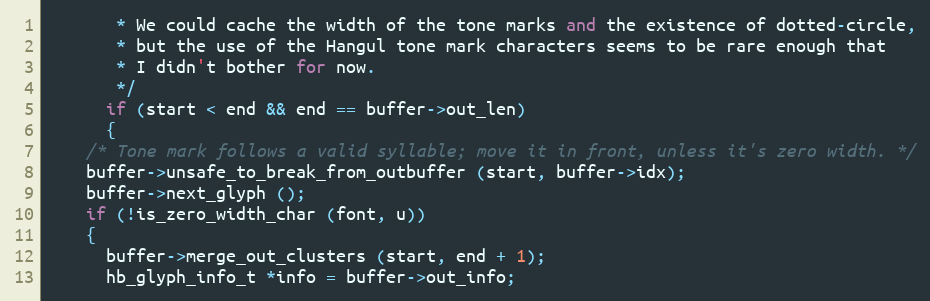
Language: C++
       * We could cache the width of the tone marks and the existence of dotted-circle,
       * but the use of the Hangul tone mark characters seems to be rare enough that
       * I didn't bother for now.
       */
      if (start < end && end == buffer->out_len)
      {
	/* Tone mark follows a valid syllable; move it in front, unless it's zero width. */
	buffer->unsafe_to_break_from_outbuffer (start, buffer->idx);
	buffer->next_glyph ();
	if (!is_zero_width_char (font, u))
	{
	  buffer->merge_out_clusters (start, end + 1);
	  hb_glyph_info_t *info = buffer->out_info;